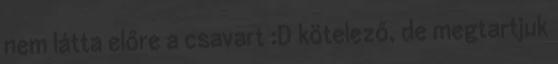
nem látta előre a csavart :D kötelező, de megtartjuk